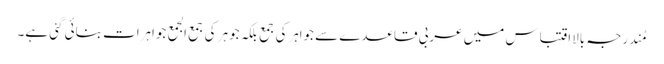
مُندرجہ بالااِقتباس میں عربی قاعدے سے جواہِرکی جمع بلکہ جوہر کی جمع الجمع جواہرات بنائی گئی ہے۔